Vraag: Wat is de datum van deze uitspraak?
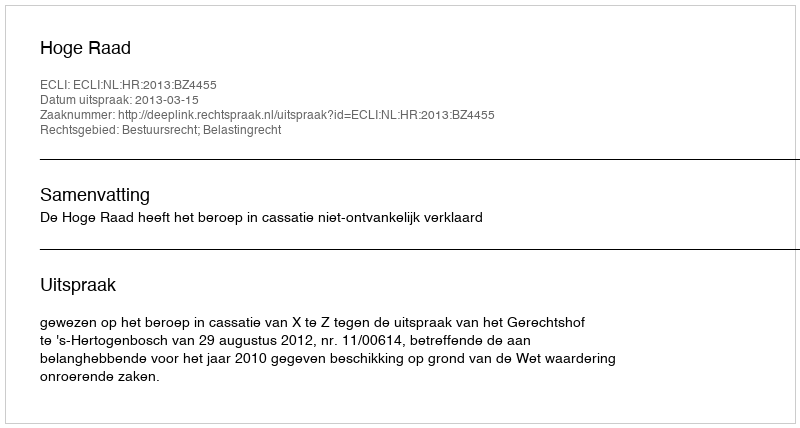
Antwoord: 2013-03-15